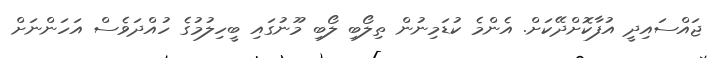
ޖައްސައިދީ އުފާކޮށްދޭކަށް. އެންމެ ކުޑަމިނުން ތިލޯބި ލޯބި މޫނުގައި ބީހިލުމުގެ ހުއްދަވެސް އަހަންނަށް